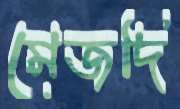
মেজদি